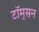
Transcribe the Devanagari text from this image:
टॉम्‌सन